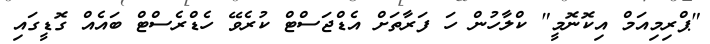
"ޕްރިމިއަމް އިކޮނޮމީ" ކްލާހުން ހަ ފަރާތަށް އެޑްޖަސްޓް ކުރެވޭ ހެޑްރެސްޓް ބައެއް ގޮޑީގައި